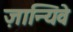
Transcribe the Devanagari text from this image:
ज़ान्यिवे